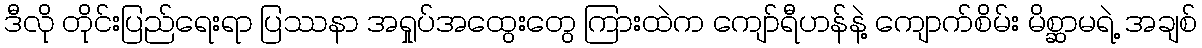
ဒီလို တိုင်းပြည်ရေးရာ ပြဿနာ အရှုပ်အထွေးတွေ ကြားထဲက ကျော်ရီဟန်နဲ့ ကျောက်စိမ်း မိစ္ဆာမရဲ့ အချစ်